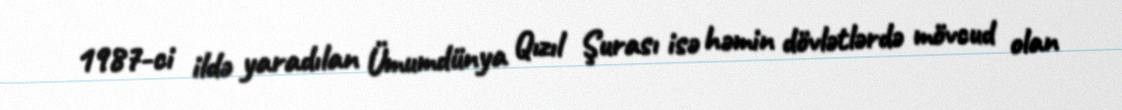
1987-ci ildə yaradılan Ümumdünya Qızıl Şurası isə həmin dövlətlərdə mövcud olan